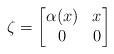
LaTeX: \begin{align*}\zeta = \begin{bmatrix}\alpha(x) & x \\ 0 & 0\end{bmatrix}\end{align*}